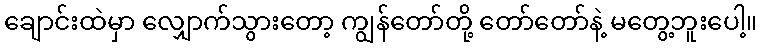
ချောင်းထဲမှာ လျှောက်သွားတော့ ကျွန်တော်တို့ တော်တော်နဲ့ မတွေ့ဘူးပေါ့။